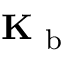
\mathbf { K } _ { \mathrm { ~ b ~ } }